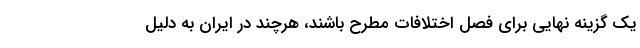
یک گزینه نهایی برای فصل اختلافات مطرح باشند، هرچند در ایران به دلیل